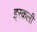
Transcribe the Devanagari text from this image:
इरकली